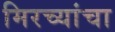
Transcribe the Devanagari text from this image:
मिरच्यांचा